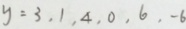
y = 3 , 1 , 4 , 0 , 6 , - 6